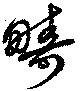
疇